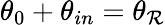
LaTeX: \theta_{0}+\theta_{in}=\theta_{\mathcal{R}}